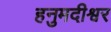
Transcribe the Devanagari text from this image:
हनुमदीश्वर